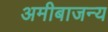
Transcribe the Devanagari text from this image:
अमीबाजन्य